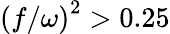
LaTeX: \left(f/\omega\right)^{2}>0.25